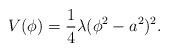
LaTeX: \begin{align*}V(\phi)= \frac {1}{4} \lambda (\phi^{2}-a^{2})^{2}.\end{align*}